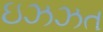
ઇઝઝત